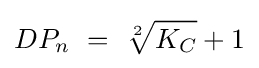
DP_{n}~=~{\sqrt[{2}]{K_{C}}}+1